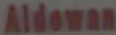
Aldowan